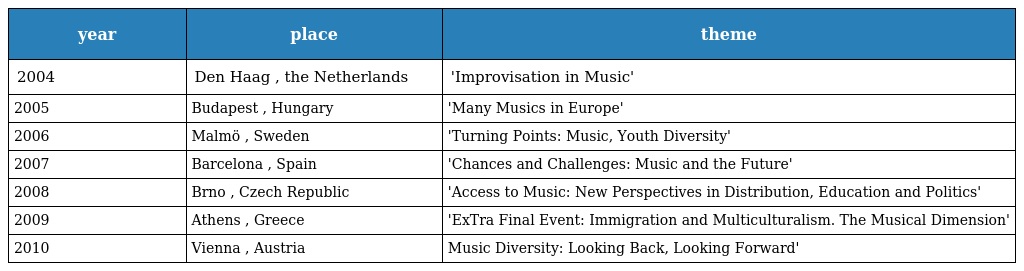
| year | place | theme |
 | --- | --- | --- |
 | 2004 | Den Haag , the Netherlands | 'Improvisation in Music' |
 | 2005 | Budapest , Hungary | 'Many Musics in Europe' |
 | 2006 | Malmö , Sweden | 'Turning Points: Music, Youth Diversity' |
 | 2007 | Barcelona , Spain | 'Chances and Challenges: Music and the Future' |
 | 2008 | Brno , Czech Republic | 'Access to Music: New Perspectives in Distribution, Education and Politics' |
 | 2009 | Athens , Greece | 'ExTra Final Event: Immigration and Multiculturalism. The Musical Dimension' |
 | 2010 | Vienna , Austria | Music Diversity: Looking Back, Looking Forward' |